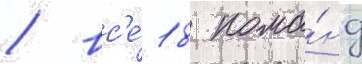
/ вс'е́ 18 кома́нд